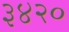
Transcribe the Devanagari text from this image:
३४२०